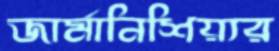
জার্মানিশিয়্যর